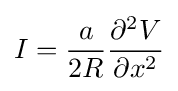
I={\frac {a}{2R}}{\frac {\partial ^{2}V}{\partial x^{2}}}